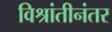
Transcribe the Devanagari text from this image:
विश्रांतीनंतर